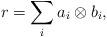
LaTeX: \begin{align*}r=\sum_i a_i\otimes b_i,\end{align*}